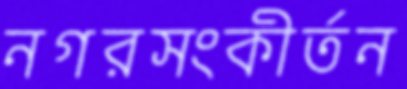
নগরসংকীর্তন